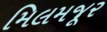
મિલમજૂર